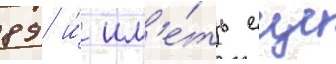
89 и́ им'е́ть еще